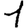
Digit: 1